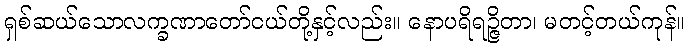
ရှစ်ဆယ်သောလက္ခဏာတော်ငယ်တို့နှင့်လည်း။ နောပရိရဉ္ဇိတာ၊ မတင့်တယ်ကုန်။